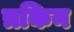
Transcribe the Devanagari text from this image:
त्रकिन